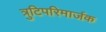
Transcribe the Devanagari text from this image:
त्रुटिपरिमार्जक